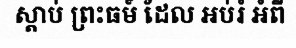
ស្តាប់ ព្រះធម៍ ដែល អប់រំ អំពី